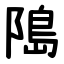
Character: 﨩